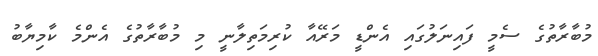
މުބާރާތުގެ ސެމީ ފައިނަލުގައި އެންޑީ މަރޭއާ ކުރިމަތިލާނީ މި މުބާރާތުގެ އެންމެ ކާމިޔާބު